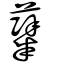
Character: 糱